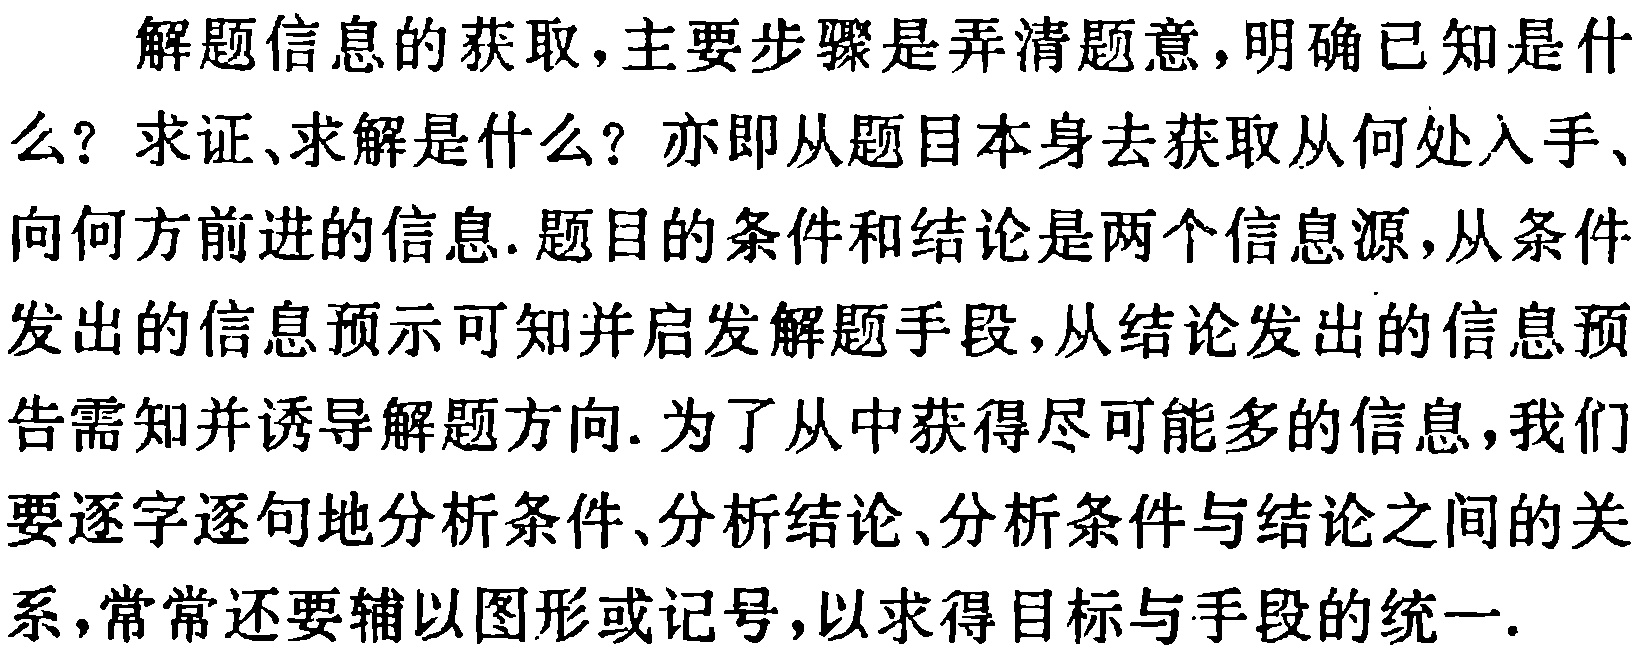
解题信息的获取,主要步骤是弄清题意,明确已知是什么? 求证、求解是什么? 亦即从题目本身去获取从何处入手、向何方前进的信息. 题目的条件和结论是两个信息源,从条件发出的信息预示可知并启发解题手段,从结论发出的信息预告需知并诱导解题方向. 为了从中获得尽可能多的信息,我们要逐字逐句地分析条件、分析结论、分析条件与结论之间的关系,常常还要辅以图形或记号,以求得目标与手段的统一.